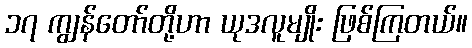
၁၇ ကျွန်တော်တို့ဟာ ယုဒလူမျိုး ဖြစ်ကြတယ်။